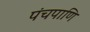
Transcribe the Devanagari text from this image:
पंचपाणि